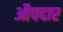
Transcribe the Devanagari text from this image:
औपदार